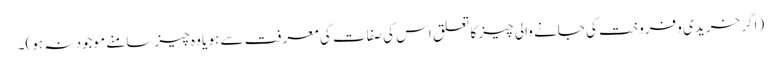
(اگر خریدی و فروخت کی جانے والی چیز کا تعلق اس کی صفات کی معرفت سے ہو یا وہ چیز سامنے موجود نہ ہو)۔